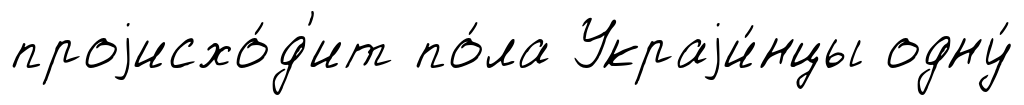
проjисхо́д'ит по́ла Украjи́нцы одну́